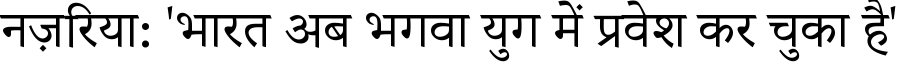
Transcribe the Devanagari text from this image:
नज़रिया: 'भारत अब भगवा युग में प्रवेश कर चुका है'